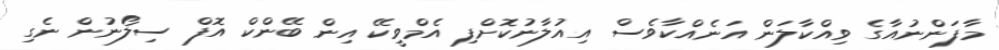
މާފަންނުއާގެ ވިއްކާލަން އަނެއްކާވެސް އިއުލާނުކޮށްފި އެމްވީކޭ އިން ބޭންކް އޮފް ސިލޯނުން ނެގި